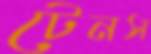
টেনস